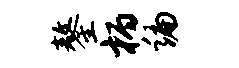
鏊柄编